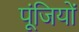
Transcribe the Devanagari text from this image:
पूंजियों